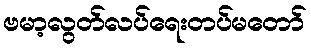
ဗမာ့လွတ်လပ်ရေးတပ်မတော်